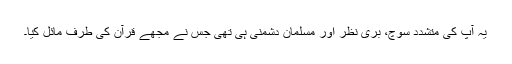
یہ آپ کی متشدد سوچ، بری نظر اور مسلمان دشمنی ہی تھی جس نے مجھے قرآن کی طرف مائل کیا۔